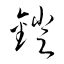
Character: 鐙